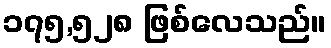
၁၇၅,၅၂၈ ဖြစ်လေသည်။